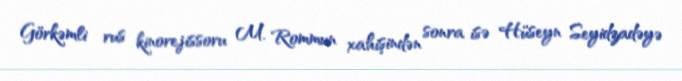
Görkəmli rus kinorejissoru M. Rommun xahişindən sonra isə Hüseyn Seyidzadəyə